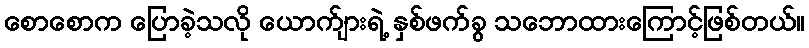
စောစောက ပြောခဲ့သလို ယောက်ျားရဲ့ နှစ်ဖက်ခွ သဘောထားကြောင့်ဖြစ်တယ်။